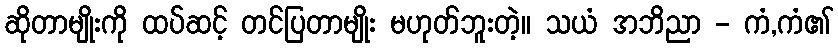
ဆိုတာမျိုးကို ထပ်ဆင့် တင်ပြတာမျိုး မဟုတ်ဘူးတဲ့။ သယံ အဘိညာ - ကံ,ကံ၏